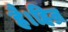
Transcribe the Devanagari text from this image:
है।हिज्र